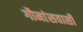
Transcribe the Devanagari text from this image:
गौमांसवासी